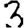
Digit: 3